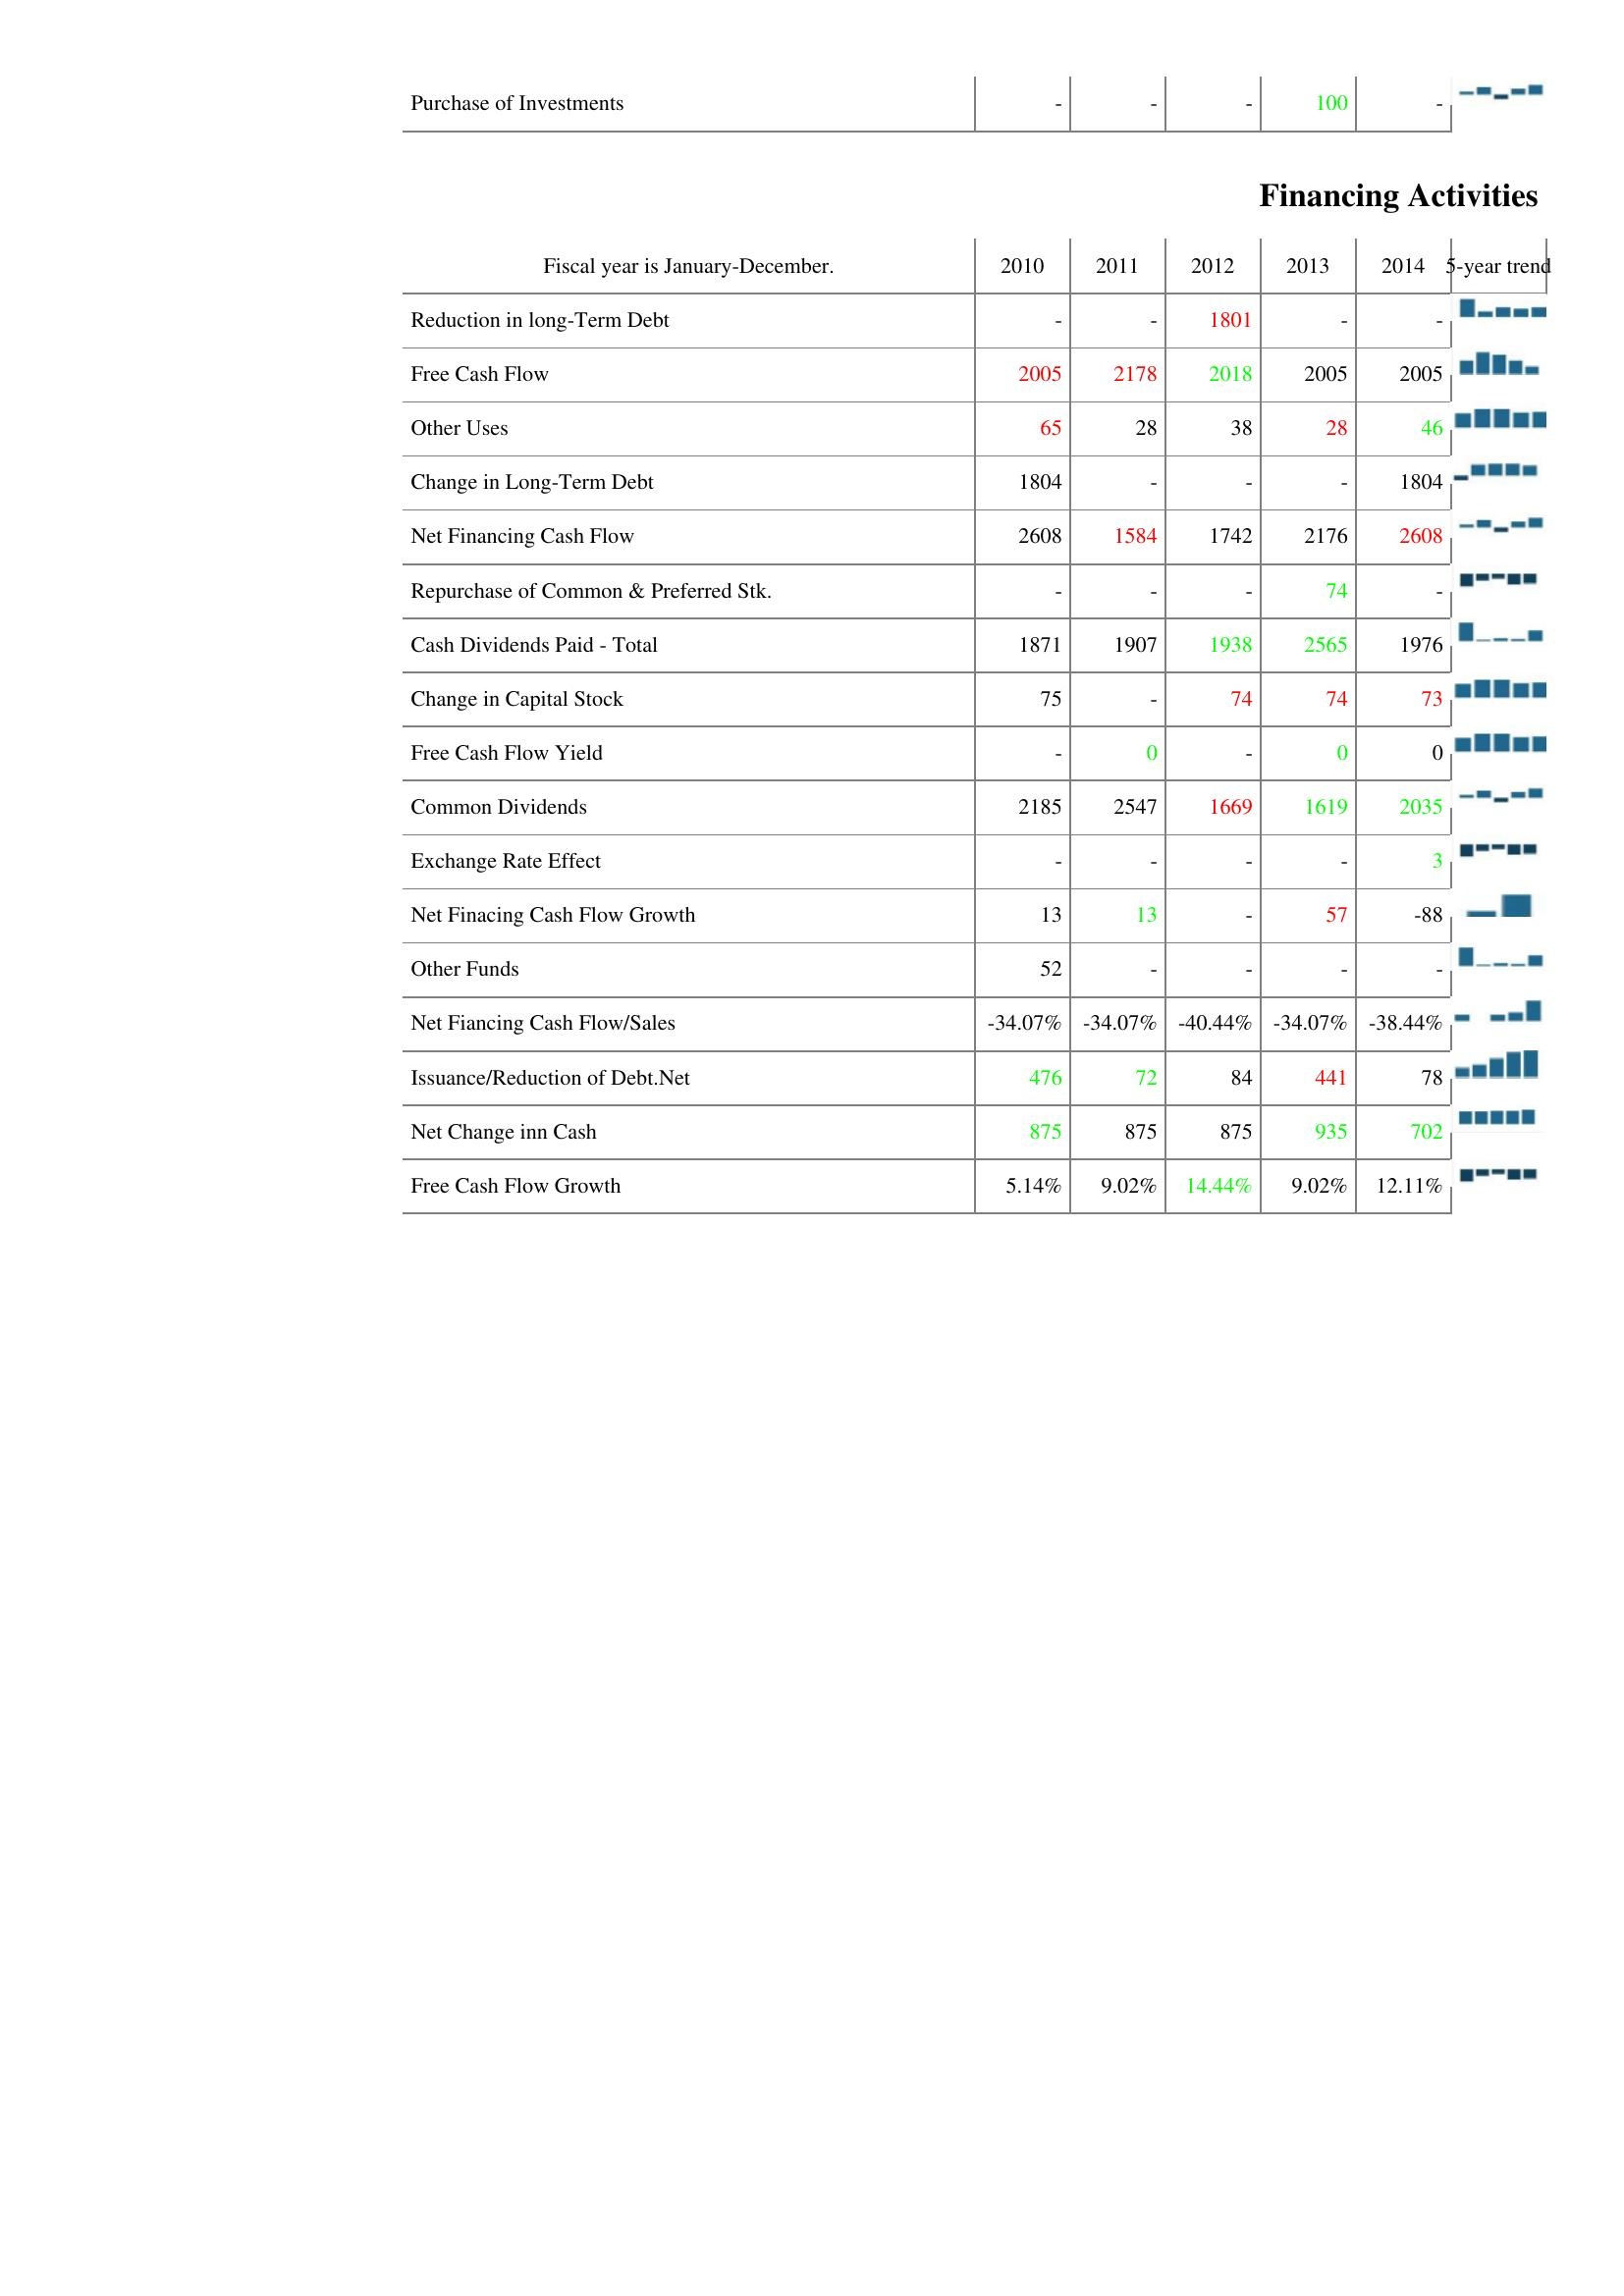
2010: Investing Activities: Purchase of Investments: -
Financing Activities: Reduction in long-Term Debt: -
Free Cash Flow: 2005
Other Uses: 65
Change in Long-Term Debt: 1804
Net Financing Cash Flow: 2608
Repurchase of Common & Preferred Stk.: -
Cash Dividends Paid - Total: 1871
Change in Capital Stock: 75
Free Cash Flow Yield: -
Common Dividends: 2185
Exchange Rate Effect: -
Net Finacing Cash Flow Growth: 13
Other Funds: 52
Net Fiancing Cash Flow/Sales: -34.07%
Issuance/Reduction of Debt.Net: 476
Net Change inn Cash: 875
Free Cash Flow Growth: 5.14%
2011: Investing Activities: Purchase of Investments: -
Financing Activities: Reduction in long-Term Debt: -
Free Cash Flow: 2178
Other Uses: 28
Change in Long-Term Debt: -
Net Financing Cash Flow: 1584
Repurchase of Common & Preferred Stk.: -
Cash Dividends Paid - Total: 1907
Change in Capital Stock: -
Free Cash Flow Yield: 0
Common Dividends: 2547
Exchange Rate Effect: -
Net Finacing Cash Flow Growth: 13
Other Funds: -
Net Fiancing Cash Flow/Sales: -34.07%
Issuance/Reduction of Debt.Net: 72
Net Change inn Cash: 875
Free Cash Flow Growth: 9.02%
2012: Investing Activities: Purchase of Investments: -
Financing Activities: Reduction in long-Term Debt: 1801
Free Cash Flow: 2018
Other Uses: 38
Change in Long-Term Debt: -
Net Financing Cash Flow: 1742
Repurchase of Common & Preferred Stk.: -
Cash Dividends Paid - Total: 1938
Change in Capital Stock: 74
Free Cash Flow Yield: -
Common Dividends: 1669
Exchange Rate Effect: -
Net Finacing Cash Flow Growth: -
Other Funds: -
Net Fiancing Cash Flow/Sales: -40.44%
Issuance/Reduction of Debt.Net: 84
Net Change inn Cash: 875
Free Cash Flow Growth: 14.44%
2013: Investing Activities: Purchase of Investments: 100
Financing Activities: Reduction in long-Term Debt: -
Free Cash Flow: 2005
Other Uses: 28
Change in Long-Term Debt: -
Net Financing Cash Flow: 2176
Repurchase of Common & Preferred Stk.: 74
Cash Dividends Paid - Total: 2565
Change in Capital Stock: 74
Free Cash Flow Yield: 0
Common Dividends: 1619
Exchange Rate Effect: -
Net Finacing Cash Flow Growth: 57
Other Funds: -
Net Fiancing Cash Flow/Sales: -34.07%
Issuance/Reduction of Debt.Net: 441
Net Change inn Cash: 935
Free Cash Flow Growth: 9.02%
2014: Investing Activities: Purchase of Investments: -
Financing Activities: Reduction in long-Term Debt: -
Free Cash Flow: 2005
Other Uses: 46
Change in Long-Term Debt: 1804
Net Financing Cash Flow: 2608
Repurchase of Common & Preferred Stk.: -
Cash Dividends Paid - Total: 1976
Change in Capital Stock: 73
Free Cash Flow Yield: 0
Common Dividends: 2035
Exchange Rate Effect: 3
Net Finacing Cash Flow Growth: -88
Other Funds: -
Net Fiancing Cash Flow/Sales: -38.44%
Issuance/Reduction of Debt.Net: 78
Net Change inn Cash: 702
Free Cash Flow Growth: 12.11%